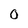
Character: O